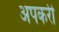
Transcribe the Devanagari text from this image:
अपकरी